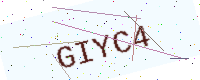
Text: GIYC4